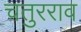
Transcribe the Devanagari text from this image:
चतुरराव